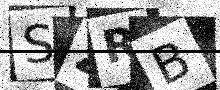
Text: SZRB